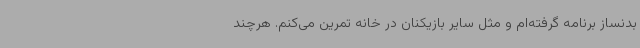
بدنساز برنامه گرفته‌ام و مثل سایر بازیکنان در خانه تمرین می‌کنم. هرچند